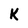
Character: K